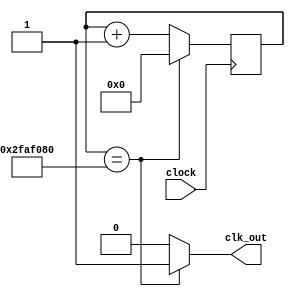
`timescale 1ns / 1ps
//////////////////////////////////////////////////////////////////////////////////
// Company: 
// Engineer: 
// 
// Design Name: 
// Module Name: divide
// Project Name: 
// Target Devices: 
// Tool Versions: 
// Description: 
// 
// Dependencies: 
// 
// Revision:
// Revision 0.01 - File Created
// Additional Comments:
// 
//////////////////////////////////////////////////////////////////////////////////


module divide2(
    input clock,
    output clk_out
    );
    reg elapsed;
    reg elapsed2;
    reg [27:0] state;
     
    always @(posedge clock)
        if (state == 50000000) 
            state <= 0;
        else
            state <= state+1;
    always @(state)
        if (state == 50000000) elapsed = 1;
        else elapsed = 0;
    assign clk_out = elapsed;
endmodule